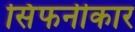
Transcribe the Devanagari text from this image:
सिंफनीकार